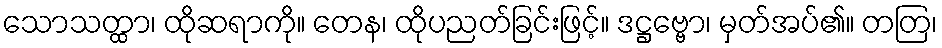
သောသတ္ထာ၊ ထိုဆရာကို။ တေန၊ ထိုပညတ်ခြင်းဖြင့်။ ဒဋ္ဌဗ္ဗော၊ မှတ်အပ်၏။ တတြ၊